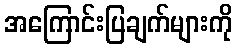
အကြောင်းပြချက်များကို